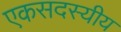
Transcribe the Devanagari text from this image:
एकसदस्यीय